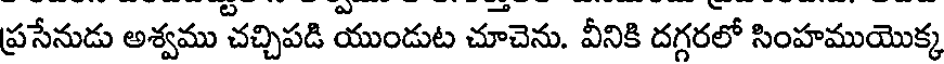
ప్రసేనుడు అశ్వము చచ్చిపడి యుండుట చూచెను. వీనికి దగ్గరలో సింహముయొక్క